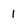
Character: I